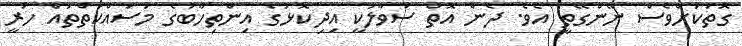
ގޮތަކަށްވެސް ނޭންގޭތީ އެވެ. ދެން އޮތް ސުވާލަކީ އިދިކޮޅުގެ އިންތިހާބުގެ މަސައްކަތްތައް ހުރީ